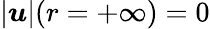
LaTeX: |\boldsymbol{\mathit{u}}|(r=+\infty)=0